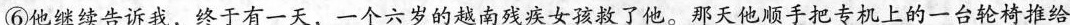
⑥他继续合诉我，终于有一天，一个六岁的越南残疾女了他。那天他顺手把专机上的一台轮椅推给